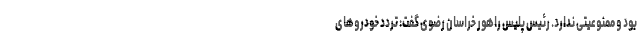
بود و ممنوعیتی ندارد. رئیس پلیس راهور خراسان رضوی گفت: تردد خودروهای